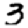
Digit: 3